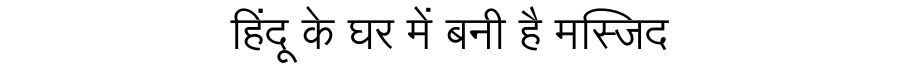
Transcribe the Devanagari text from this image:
हिंदू के घर में बनी है मस्जिद